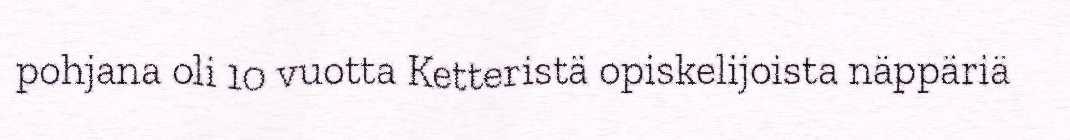
pohjana oli 10 vuotta Ketteristä opiskelijoista näppäriä